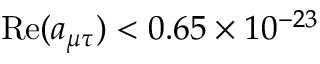
\mathrm { R e } ( a _ { \mu \tau } ) < 0 . 6 5 \times 1 0 ^ { - 2 3 }